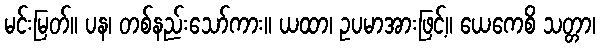
မင်းမြတ်။ ပန၊ တစ်နည်းသော်ကား။ ယထာ၊ ဥပမာအားဖြင့်။ ယေကေစိ သတ္တာ၊